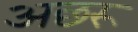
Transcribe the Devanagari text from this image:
अछरू